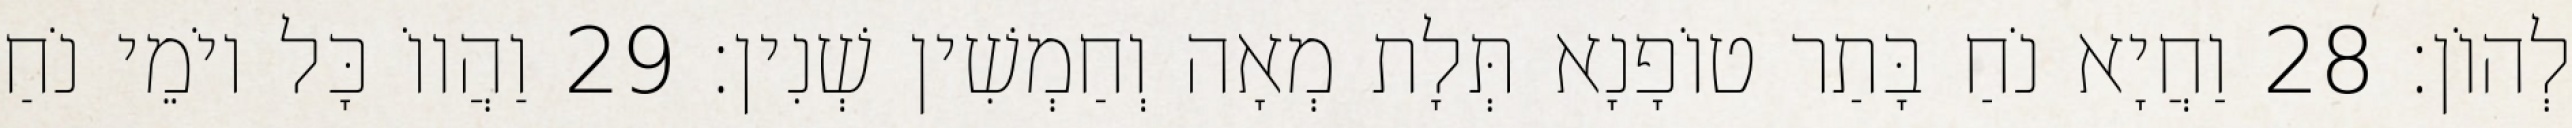
לְהוֹן׃ 28 וַחֲיָא נֹחַ בָּתַר טוֹפָנָא תְּלָת מְאָה וְחַמְשִׁין שְׁנִין׃ 29 וַהֲווֹ כָּל יוֹמֵי נֹחַ